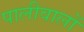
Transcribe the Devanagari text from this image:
पालीवालों